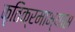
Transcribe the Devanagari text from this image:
कृतिक्रमाभ्यास